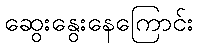
ဆွေးနွေးနေကြောင်း